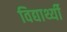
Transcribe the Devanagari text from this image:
विद्यार्थ्यी